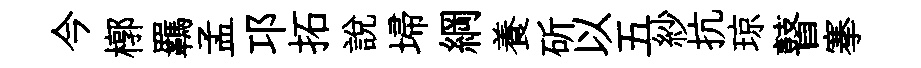
今槨羈孟邛拓說埽綱養斫以五紗抗琼瞽搴